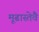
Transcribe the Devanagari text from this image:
मूढास्तेवै